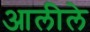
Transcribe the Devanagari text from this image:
आलीले